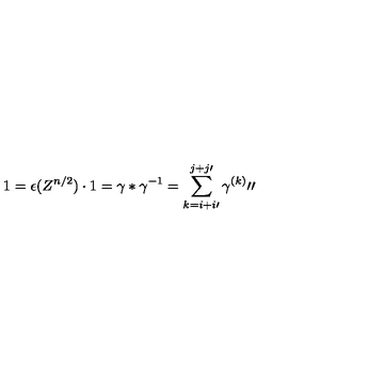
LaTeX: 1 = \epsilon ( Z ^ { n / 2 } ) \cdot 1 = \gamma \ast \gamma ^ { - 1 } = \sum _ { k = i + i \prime } ^ { j + j \prime } \gamma ^ { ( k ) } \prime \prime